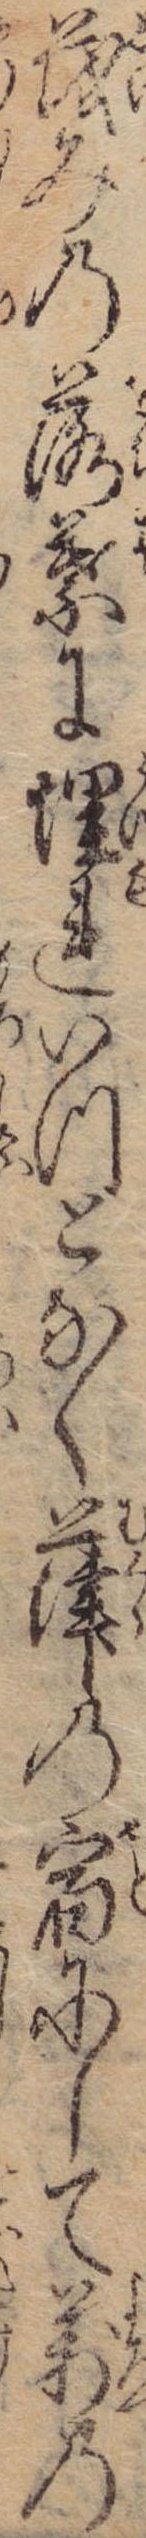
茂みの落葉に埋れいつとなく葎の宿にして万の